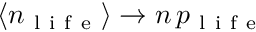
\langle n _ { \mathrm { ~ l ~ i ~ f ~ e ~ } } \rangle \rightarrow n \, p _ { \mathrm { ~ l ~ i ~ f ~ e ~ } }